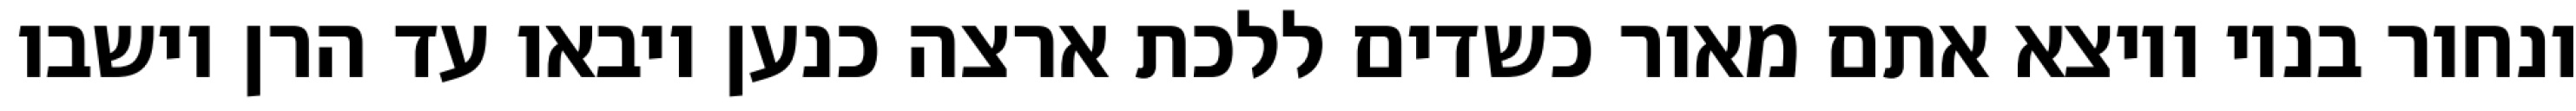
ונחור בניו ויוצא אתם מאור כשדים ללכת ארצה כנען ויבאו עד הרן וישבו